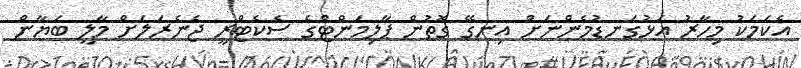
އެކަމަކު މިހާރު އަޅުގަނޑުމެންނަށް އިނގޭ ގޮތުން ޕާލިމަންޓްގެ ސެކެޓްރީ ޖެނެރަލަށް މާލީ ބަޔާން